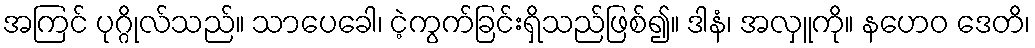
အကြင် ပုဂ္ဂိုလ်သည်။ သာပေခေါ၊ ငဲ့ကွက်ခြင်းရှိသည်ဖြစ်၍။ ဒါနံ၊ အလှူကို။ နဟေဝ ဒေတိ၊